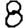
Digit: 8